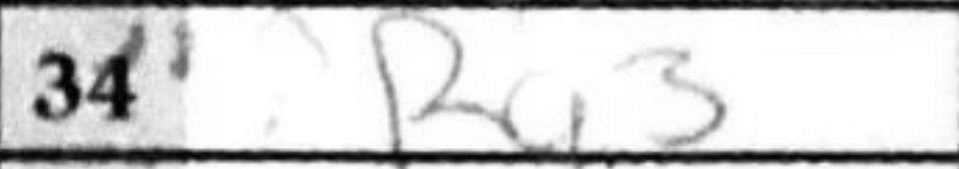
Transcription: Rg3